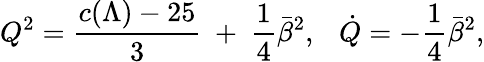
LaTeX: Q^{2}={\frac{c(\Lambda)-25}{3}}~+~{\frac{1}{4}}\bar{\beta}^{2},~~~\dot{Q}=-{\frac{1}{4}}\bar{\beta}^{2},